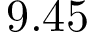
9 . 4 5